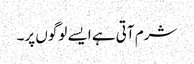
شرم آتی ہے ایسے لوگوں پر۔